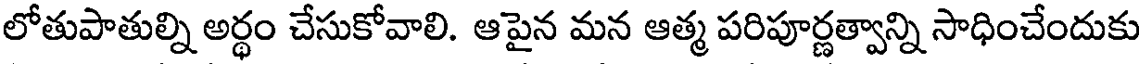
లోతుపాతుల్ని అర్థం చేసుకోవాలి. ఆపైన మన ఆత్మ పరిపూర్ణత్వాన్ని సాధించేందుకు